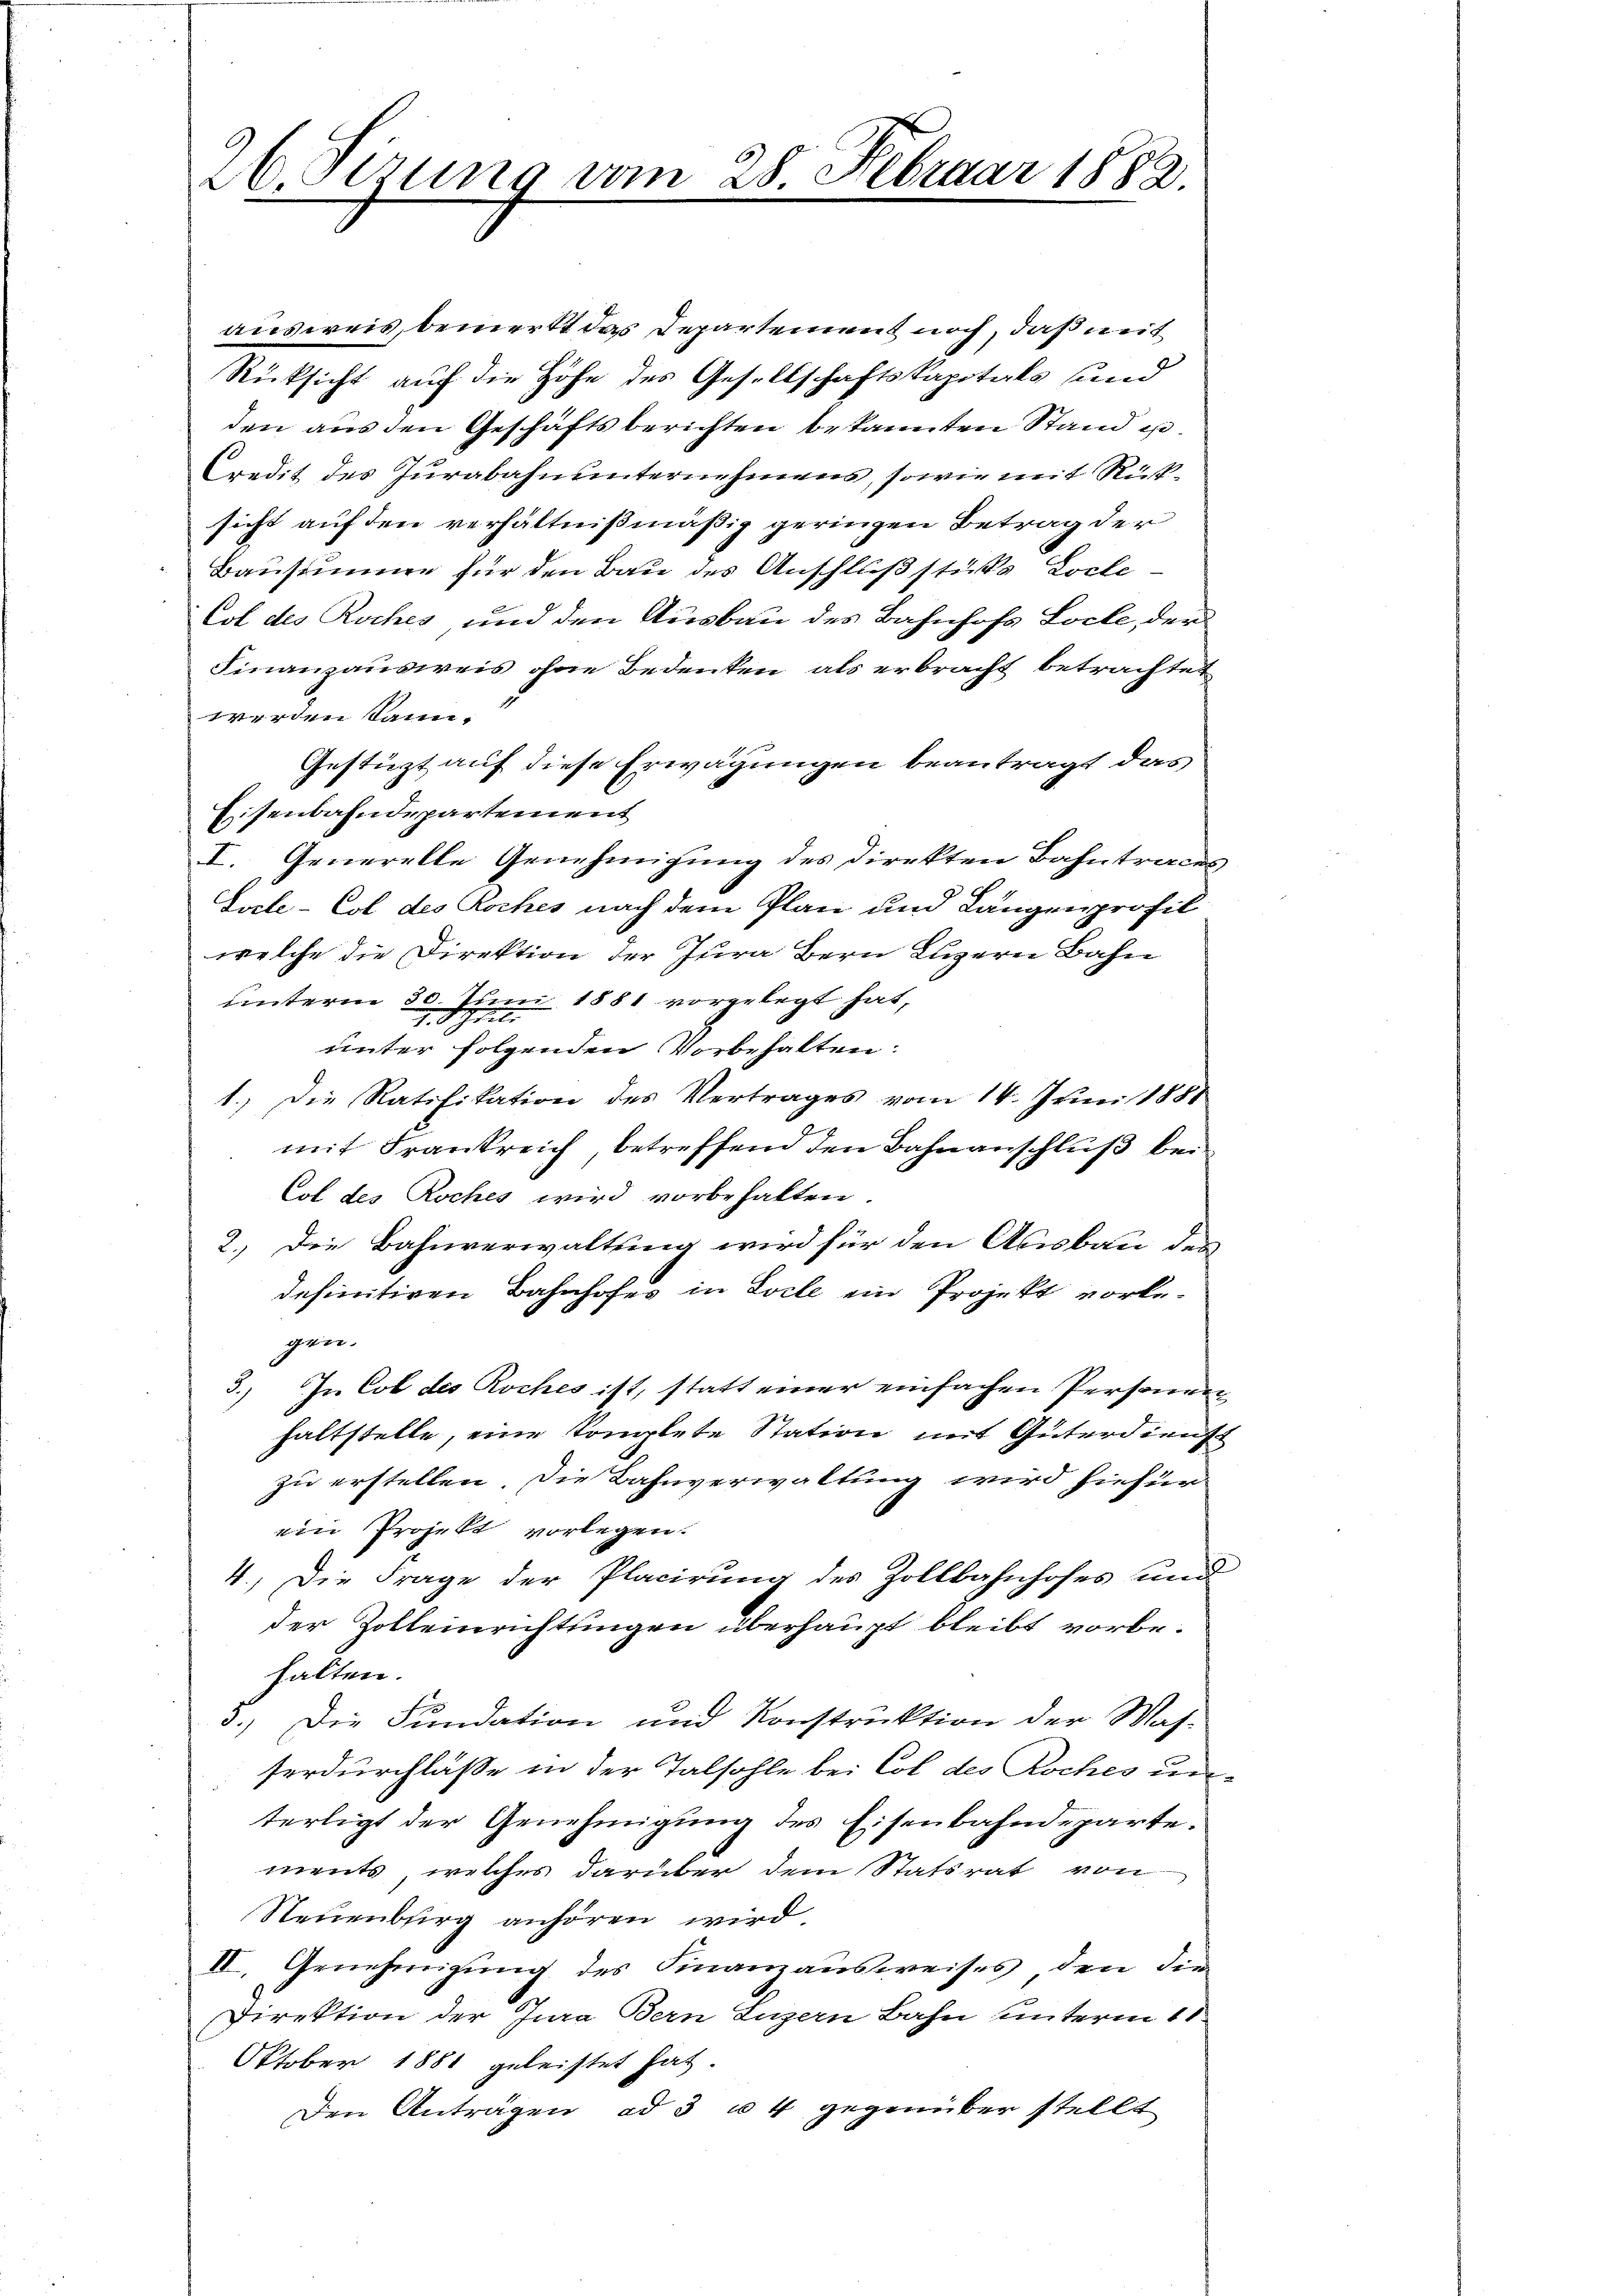
26. Sizung vom 28. Februar 1882.

ausweis, bemerkt das Departement noch, daß mit
Rücksicht auf die Höhe des Gesellschaftskapitals und
den aus den Geschäftsberichten bekannten Stand ist.
Credit des Jurabahnunternehmens, sowie mit Rücksicht auf den verhältnißmäßig geringen Betrag der
Bausumme für den Bau des Anschluß stüks Loche¬
Col des Roches und den Ausbau des Bahnhofs Loche, der
Finanzausweis ohne Bedenken als erbracht betrachtet
werden kann.
Gestüzt auf diese Erwägungen beantragt das
Eisenbahndepartement
I. Generelle Genehmigung des Direkten Bahntraces,
l
Socle-Col des Roches nach dem Plan und Längenprofil
welche die Direktion der Jura Bern Luzern Bahn
unterm 30. Juni 1881 vorgelegt hat,
unter folgenden Vorbehalten:
1.) Die Ratifikation des Vertrages vom 14. Juni 1881
mit Frankreich, betreffend den Bahnanschluß bei
Col des Roches wird vorbehalten.
2.) Die Bahnverwaltung wird für den Ausbau des
definitiven Bahnhofes in Locle ein Projekt vorlegen.
5.) In Col des Roches ist, statt einer einfachen Personen
haltstelle, eine komplete Station mit Güterdient
zu erstellen. Die Bahnverwaltung wird hiefür
ein Projekt vorlegen.
4.) Die Frage der Placirung des Zollbahnhofes und
der Zollenerichtungen überhaupt bleibt vorbehalten.
3.) Die Fundation und Konstruktion der Mas-
serdurchlasse in der Talsohle bei Col des Roches un
terligt der Genehmigung des Eisenbahndeparte.
ments, welches darüber dem Statsrat von
Steuenburg anhören wird.
II. Genehmigung des Finanzausweises, den die
Direktion der Jura Bern Luzern Bahn unterm 11
Oktober 1881 geleistet hat.
Den Anträgen ad 3 u. 4 gegenüber stellt